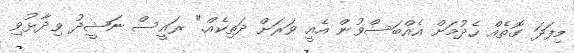
މިފަދަ ގޮތެއް ހެދުމަށް އެއްބަސްވުން އެއީ ވަރަށް ދަތިކެއް." ރައީސް ނަޝީދު ވިދާޅުވި